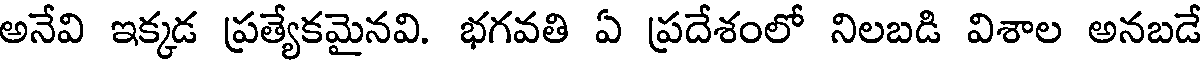
అనేవి ఇక్కడ ప్రత్యేకమైనవి. భగవతి ఏ ప్రదేశంలో నిలబడి విశాల అనబడే